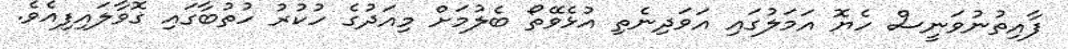
ފާއިތުނުވަނީސް ހެޔޮ އަމަލުގައި އަވަދިނެތި އުޅެވޭތޯ ބެލުމަށް މިއަދުގެ ހުކުރު ހުތުބާގައި ގޮވާލައިފިއެވެ.